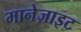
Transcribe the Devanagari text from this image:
मानेज़ाइट